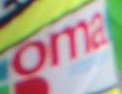
oma